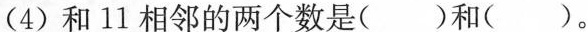
(4)和11相邻的两个数是( )和( )。